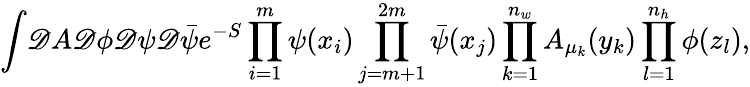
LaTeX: \int\! \mathscr{D}A\mathscr{D}\phi\mathscr{D}\psi\mathscr{D}\bar{{\psi}}e^{-S}\prod_{i=1}^{m}\psi(x_{i})\prod_{j=m+1}^{2m}\bar{{\psi}}(x_{j})\prod_{k=1}^{n_{w}}A_{\mu_{k}}(y_{k})\prod_{l=1}^{n_{h}}\phi(z_{l}),